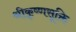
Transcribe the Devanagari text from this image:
श्रीकृष्णसूक्ति